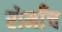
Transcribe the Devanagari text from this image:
रोमाँच